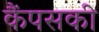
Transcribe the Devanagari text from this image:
कैंपसकी